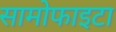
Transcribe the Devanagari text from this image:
सामोफाइटा